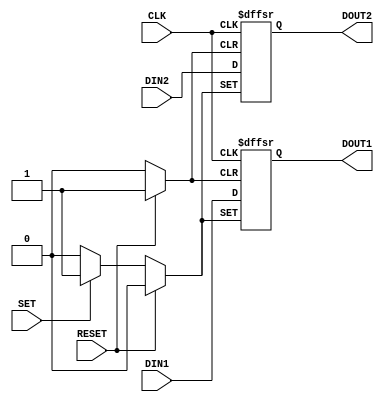
module setreset (CLK, DIN1, DIN2, SET, RESET, 

DOUT1, DOUT2); 

  input CLK; 

  input DIN1, DIN2; 

  input SET, RESET; 

  output DOUT1, DOUT2; 


  reg DOUT1, DOUT2; 

always @ (posedge SET or posedge RESET or posedge CLK) 

  begin: set_then_reset 

    if (SET) 

      DOUT1 <= 1'b1; 

    else if (RESET) 

      DOUT1 <= 1'b0; 

    else 

      DOUT1 <= DIN1; 

  end 

always @ (posedge RESET or posedge SET or posedge CLK) 

  begin: reset_then_set 

    if (RESET) 

      DOUT2 <= 1'b0; 

    else if (SET) 

      DOUT2 <= 1'b1; 

    else 

      DOUT2 <= DIN2; 

  end 

endmodule